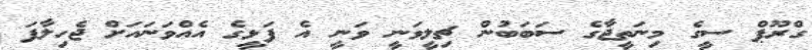
ގްރޫޕް ސީގެ މިނަތީޖާގެ ސަބަބުން ޗިލީވަނީ ވަނީ އެ ފަޅީގެ އެއްވަނައަށް ޖެހިލާފަ